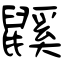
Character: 鼷